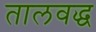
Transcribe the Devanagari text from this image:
तालवद्ध